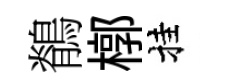
鶺槨挂